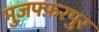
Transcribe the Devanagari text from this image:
मुज़फ्फ़रपुर